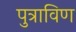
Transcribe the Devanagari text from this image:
पुत्राविण